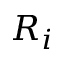
R _ { i }